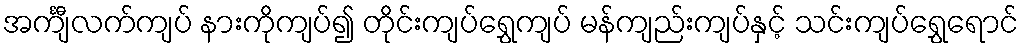
အင်္ကျီလက်ကျပ် နားကိုကျပ်၍ တိုင်းကျပ်ရွှေကျပ် မန်ကျည်းကျပ်နှင့် သင်းကျပ်ရွှေရောင်